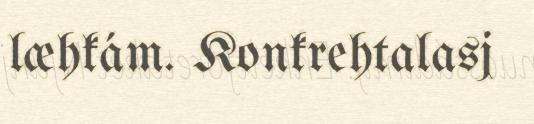
læhkám. Konkrehtalasj